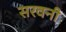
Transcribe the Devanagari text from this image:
सरवनी